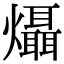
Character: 㸎